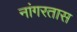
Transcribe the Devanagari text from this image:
नांगरतास